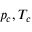
p _ { c } , T _ { c }